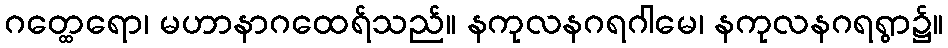
ဂတ္ထေရော၊ မဟာနာဂထေရ်သည်။ နကုလနဂရဂါမေ၊ နကုလနဂရရွာ၌။